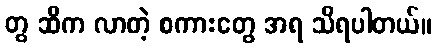
တွ ဆီက လာတဲ့ စကားတွေ အရ သိရပါတယ်။